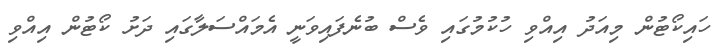
ހައިކޯޓުން މިއަދު އިއްވި ހުކުމުގައި ވެސް ބުނެފައިވަނީ އެމައްސަލާގައި ދަށު ކޯޓުން އިއްވި